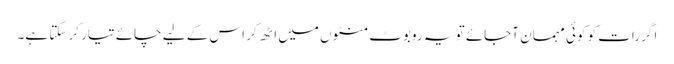
اگر رات کو کوئی مہمان آجائے تو یہ روبوٹ منٹوں میں اٹھ کر اس کے لیے چائے تیار کر سکتا ہے۔